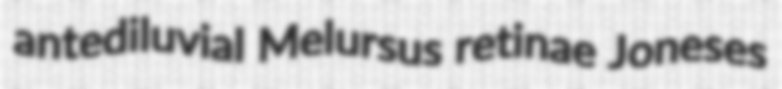
antediluvial Melursus retinae Joneses